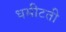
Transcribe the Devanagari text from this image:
धसीटती